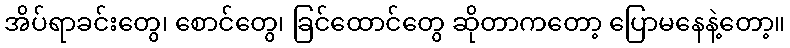
အိပ်ရာခင်းတွေ၊ စောင်တွေ၊ ခြင်ထောင်တွေ ဆိုတာကတော့ ပြောမနေနဲ့တော့။